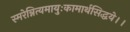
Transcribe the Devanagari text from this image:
स्मरेन्नित्यमायुःकामार्थसिद्धये।।